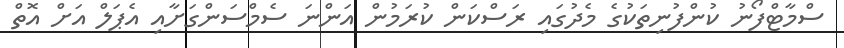
ސްމާޓްފޯނު ކުންފުނިތަކުގެ މެދުގައި ރަސްކަން ކުރަމުން އަންނަ ސެމްސަންގަށާއި އެޕަލް އަށް އޮތް